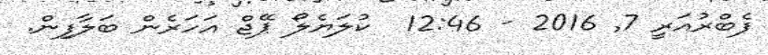
ފެބްރުއަރީ 7